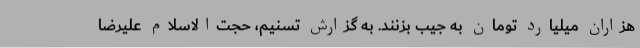
هزاران میلیارد تومان به جیب بزنند. به گزارش تسنیم، حجت‌الاسلام علیرضا